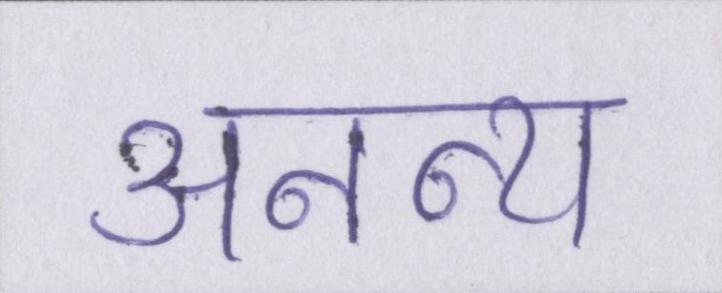
अनन्य